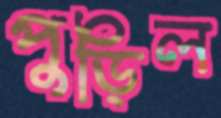
পুড়িল